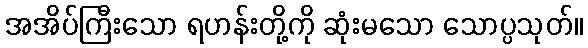
အအိပ်ကြီးသော ရဟန်းတို့ကို ဆုံးမသော သောပ္ပသုတ်။